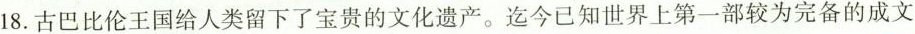
18.古巴比伦王国给人类留下了宝贵的文化遗产。迄今已知世界上第一部较为完备的成文